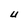
Character: U